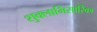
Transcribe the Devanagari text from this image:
शुक्लाभिसारिका